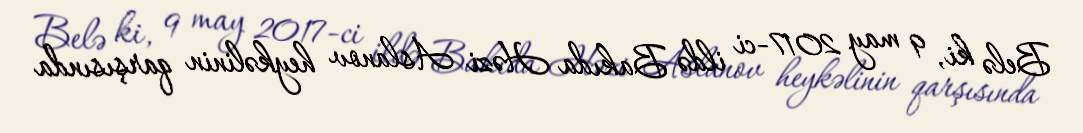
Belə ki, 9 may 2017-ci ildə Bakıda Həzi Aslanov heykəlinin qarşısında